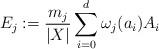
LaTeX: \begin{align*} E_j := \frac{m_j}{|X|}\sum_{i=0}^d \omega_j(a_i) A_i\end{align*}